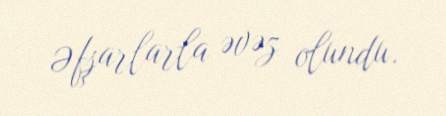
Əfşarlarla əvəz olundu.